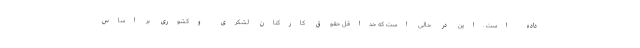
داده است .این در حالی است که حداقل حقوق کارکنان لشکری وکشوری بر اساس